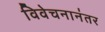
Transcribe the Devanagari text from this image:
विवेचनानंतर